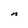
Character: n